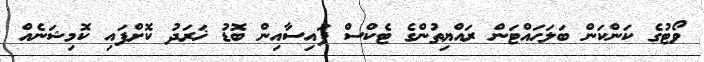
ވޯޓުގެ ކަންކަން ބަލަހައްޓަން ރައްޔިތުންގެ ޓެކްސް ފައިސާއިން ބޮޑު ޚަރަދު ކޮށްފައި ކޮމިޝަނެއް